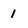
Character: 1